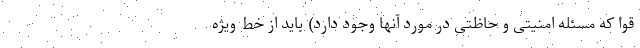
قوا که مسئله امنیتی و حاظتی در مورد آنها وجود دارد) باید از خط ویژه